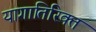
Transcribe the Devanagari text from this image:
यागातिरिक्त